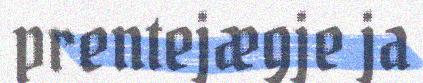
prentejægje ja